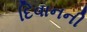
દિવાનની